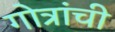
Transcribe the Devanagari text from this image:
गोत्रांची